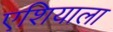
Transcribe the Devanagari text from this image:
एशियाला